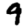
Digit: 9